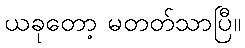
ယခုတော့ မတတ်သာပြီ။